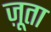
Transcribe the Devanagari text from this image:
ज़ूता